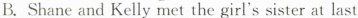
B.Shane and Kelly met the girl's sister at last